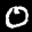
Label: 0